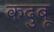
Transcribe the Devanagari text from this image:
कदुबू